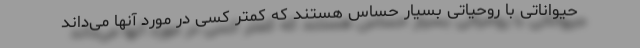
حیواناتی با روحیاتی بسیار حساس هستند که کمتر کسی در مورد آنها می‌داند